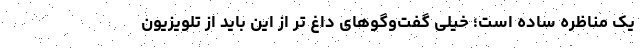
یک مناظره ساده است؛ خیلی گفت‌وگوهای داغ تر از این باید از تلویزیون